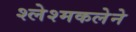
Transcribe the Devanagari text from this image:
श्लेश्मकलेने